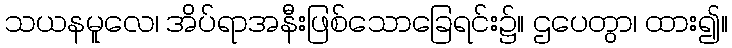
သယနမူလေ၊ အိပ်ရာအနီးဖြစ်သောခြေရင်း၌။ ဌပေတွာ၊ ထား၍။